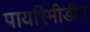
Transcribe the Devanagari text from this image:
पायरिमीडीन